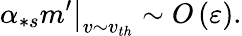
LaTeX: \left.\alpha_{\ast s}m^{\prime}\right\vert_{v\sim v_{th}}\sim O\left(\varepsilon\right).